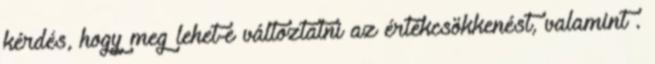
kérdés, hogy meg lehet-e változtatni az értékcsökkenést, valamint .